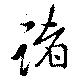
諸